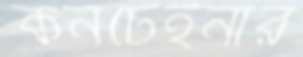
কনটেইনার